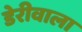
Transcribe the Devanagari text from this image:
डेरीवाला